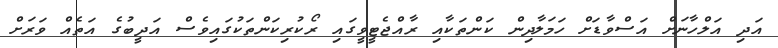
އަދި އަލްހާނަށް އަސްވާޑަށް ހަމަލާދިން ކަންތަކާއި ރާއްޖެޓީވީގައި ރޯކުރިކަންތަކުގައިވެސް އަދީބުގެ އަތެއް ވަރަށް